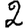
Digit: 2